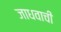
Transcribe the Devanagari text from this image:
जाधवाची